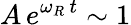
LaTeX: A\, e^{\omega_{R}\, t}\sim 1